Reports on military cantonments and civil stations in the Presidency of Bombay inspected by the Sanitary Commissioner in the years 1875 and 1876
Year: 1875
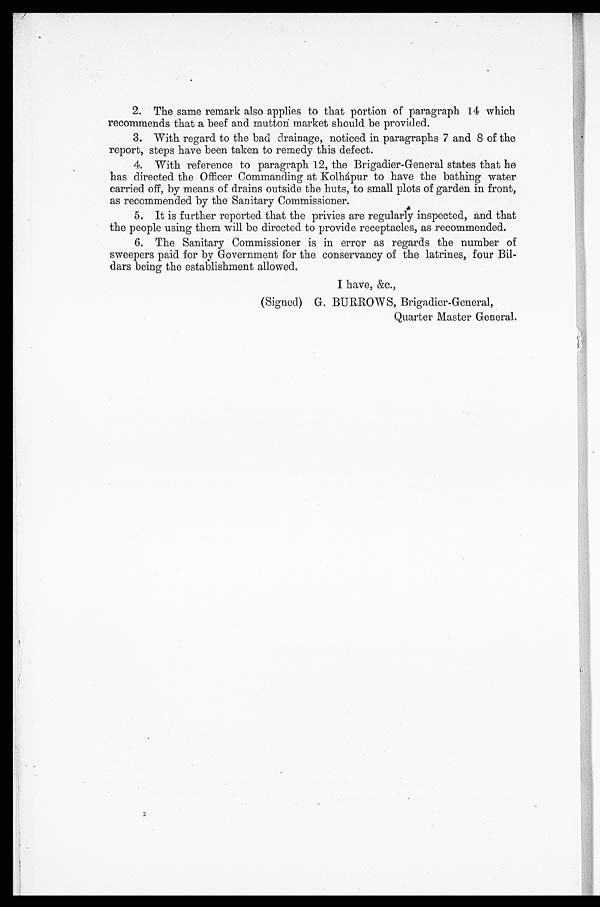
2. The same remark also applies to that portion of paragraph 14 which
recommends that a beef and mutton market should be provided.
3. With regard to the bad drainage, noticed in paragraphs 7 and 8 of the
report, steps have been taken to remedy this defect.
4. With reference to paragraph 12, the Brigadier-General states that he
has directed the Officer Commanding at Kolhápur to have the bathing water
carried off, by means of drains outside the huts, to small plots of garden in front,
as recommended by the Sanitary Commissioner.
5. It is further reported that the privies are regularly inspected, and that
the people using them will be directed to provide receptacles, as recommended.
6. The Sanitary Commissioner is in error as regards the number of
sweepers paid for by Government for the conservancy of the latrines, four
Bil-dars being the establishment allowed.
I have, &c.,
(Signed) G. BURROWS, Brigadier-General,
Quarter Master General.